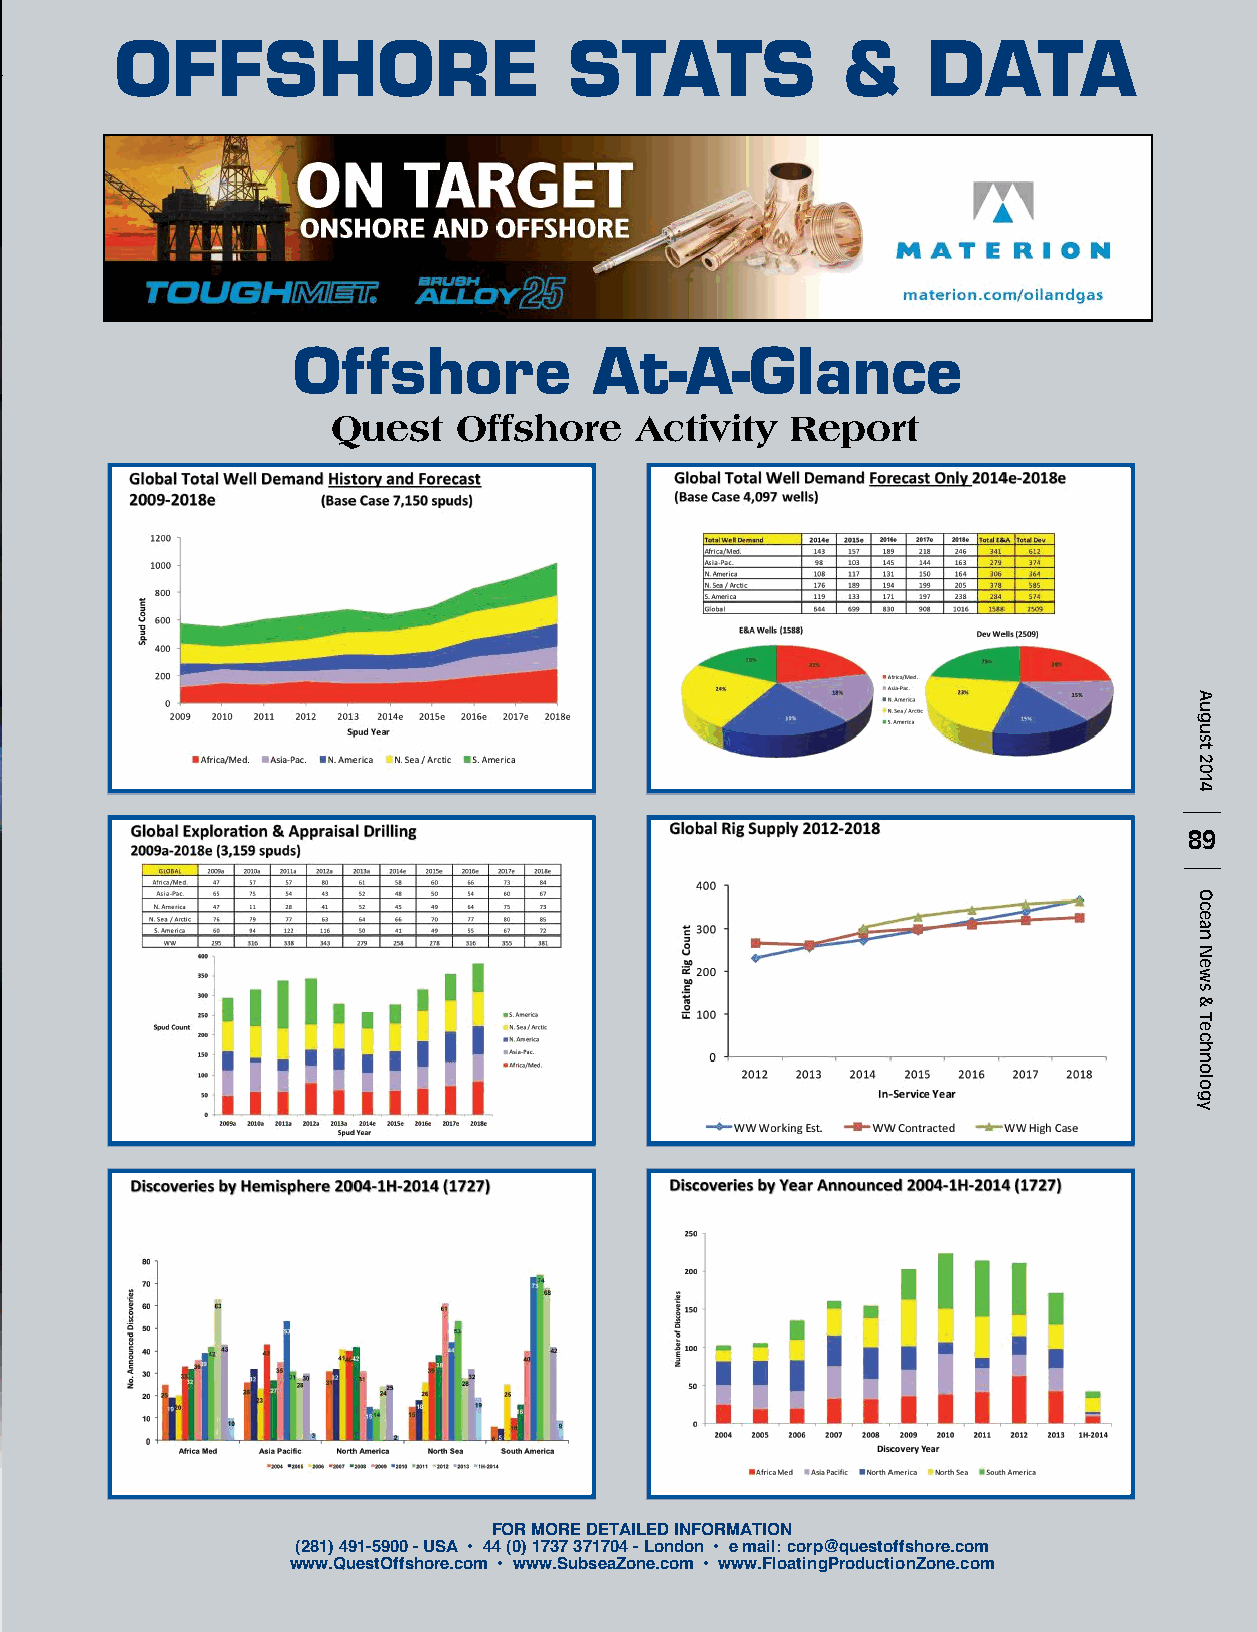
OFFSHORE                      STATS             &    DATA
 Offshore            At-A-Glance
 Quest   Offshore    Activity  Report
 89
 FOR MORE DETAILED INFORMATION
 (281) 491-5900 - USA • 44 (0) 1737 371704 - London • e mail: corp@questoffshore.com
 www.QuestOffshore.com • www.SubseaZone.com • www.FloatingProductionZone.com
 August
 2014
 Ocean
 News
 &
 Technology